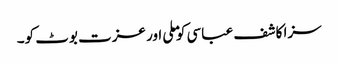
سزا کاشف عباسی کو ملی اور عزت بوٹ کو۔